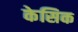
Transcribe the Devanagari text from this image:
केसिक